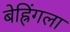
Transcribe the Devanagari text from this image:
बेह्रिंगला